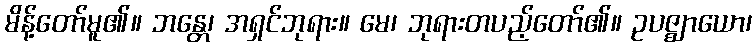
မိန့်တော်မူ၏။ ဘန္တေ၊ အရှင်ဘုရား။ မေ၊ ဘုရားတပည့်တော်၏။ ဥပဇ္ဈာယော၊